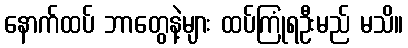
နောက်ထပ် ဘာတွေနဲ့များ ထပ်ကြုံရဦးမည် မသိ။